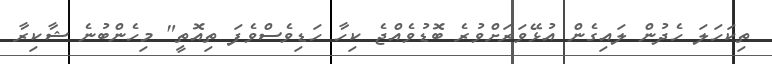
ތިކަހަލަ ހެދުން ލައިގެން އުޅޭވަރަށްވުރެ ބޮޑުވެއްޖެ ކިހާ ހަޑިވެސްވެފަ ތިއޮތީ" މިހެންބުނެ ޝާކިރާ